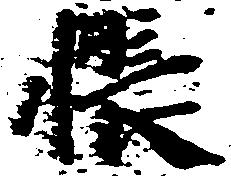
帳